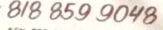
818 859 9048